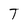
Character: T